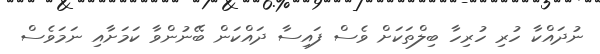
ނުދައްކާ ހުރި ހުރިހާ ބިލްތަކަށް ވެސް ފައިސާ ދައްކަން ބޭނުންވާ ކަމަށާއި ނަމަވެސް